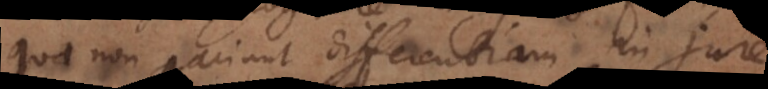
quae non pariunt differentiam in jure.